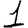
Digit: 1